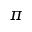
\pi